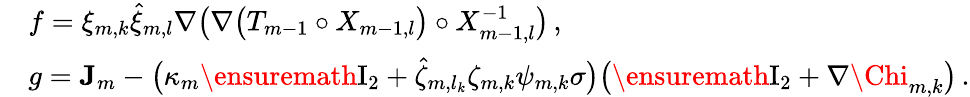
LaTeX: \begin{array}{rl}&{f=\xi_{m,k}\hat{\xi}_{m,l}\nabla\bigl(\nabla\bigl(T_{m-1}\circ X_{m-1,l}\bigr)\circ X_{m-1,l}^{-1}\bigr)\, ,}\\ &{g=\mathbf{J}_{m}-\bigl(\kappa_{m}\ensuremath{\mathrm{I}_{2}}+\hat{\zeta}_{m,l_{k}}\zeta_{m,k}{\psi}_{m,k}\sigma\bigr)\bigl(\ensuremath{\mathrm{I}_{2}}+\nabla{\Chi}_{m,k}\bigr)\, .}\end{array}